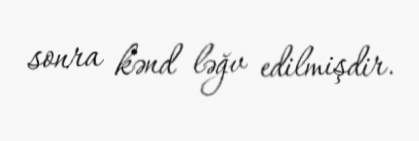
sonra kənd ləğv edilmişdir.